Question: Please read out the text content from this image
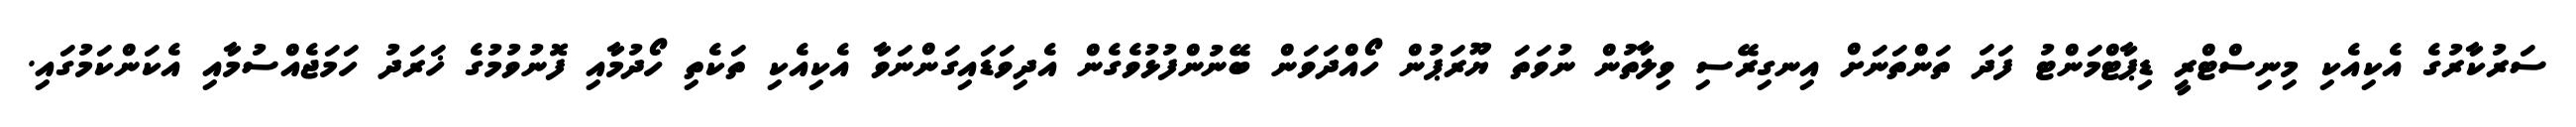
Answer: ސަރުކާރުގެ އެކިއެކި މިނިސްޓްރީ ޑިޕާޓްމަންޓު ފަދަ ތަންތަނަށް އިނގިރޭސި ވިލާތުން ނުވަތަ ޔޫރަޕުން ހޯއްދަވަން ބޭނުންފުޅުވެގެން އެދިވަޑައިގަންނަވާ އެކިއެކި ތަކެތި ހޯދުމާއި ފޮނުވުމުގެ ޚަރަދު ހަމަޖެއްސުމާއި އެކަންކަމުގައި.